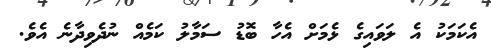
އެކަމަކު އެ ލަވައިގެ ޅެމަށް އެހާ ބޮޑު ސަމާލު ކަމެއް ނުދެވިދާނެ އެވެ.